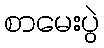
စာမေးပွဲ